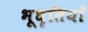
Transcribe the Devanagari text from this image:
भूधृतियाँ